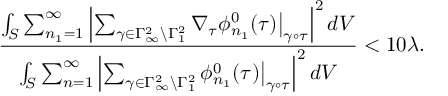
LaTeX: \frac { \int _ { S } \sum _ { n _ { 1 } = 1 } ^ { \infty } \left| \sum _ { \gamma \in \Gamma _ { \infty } ^ { 2 } \backslash \Gamma _ { 1 } ^ { 2 } } \nabla _ { \tau } \phi _ { n _ { 1 } } ^ { 0 } ( \tau ) \big | _ { \gamma \circ \tau } \right| ^ { 2 } d V } { \int _ { S } \sum _ { n = 1 } ^ { \infty } \left| \sum _ { \gamma \in \Gamma _ { \infty } ^ { 2 } \backslash \Gamma _ { 1 } ^ { 2 } } \phi _ { n _ { 1 } } ^ { 0 } ( \tau ) \big | _ { \gamma \circ \tau } \right| ^ { 2 } d V } < 1 0 \lambda .